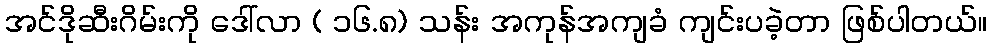
အင်ဒိုဆီးဂိမ်းကို ဒေါ်လာ ( ၁၆.၈) သန်း အကုန်အကျခံ ကျင်းပခဲ့တာ ဖြစ်ပါတယ်။